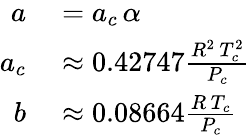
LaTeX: \begin{array}{rl}{a}&{{}=a_{c}\, \alpha}\\ {a_{c}}&{{}\approx 0.42747{\frac{R^{2}\, T_{c}^{2}}{P_{c}}}}\\ {b}&{{}\approx 0.08664{\frac{R\, T_{c}}{P_{c}}}}\end{array}